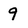
Character: 9